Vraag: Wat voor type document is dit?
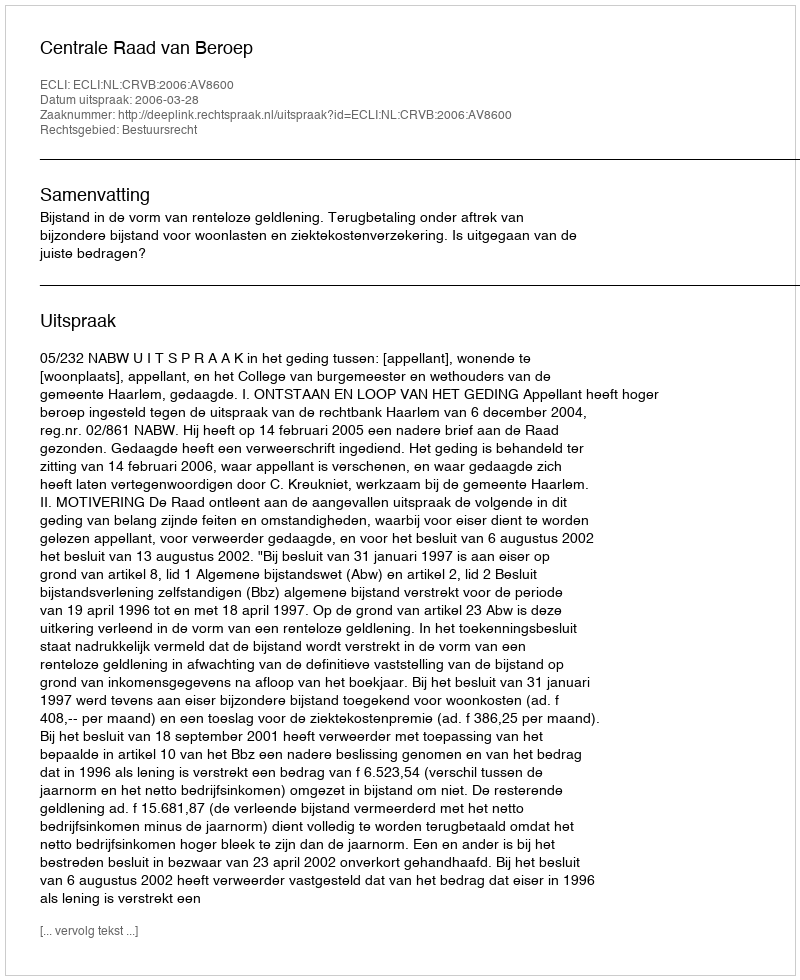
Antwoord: Uitspraak